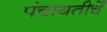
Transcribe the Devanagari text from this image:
पंचायतीचें